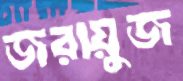
জরায়ুজ